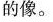
的像。